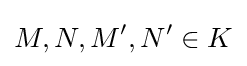
M,N,M',N'\in K